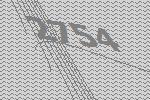
2754